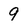
Character: 9